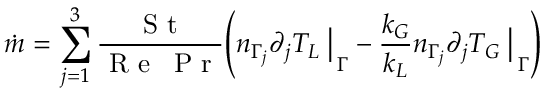
\dot { m } = \sum _ { j = 1 } ^ { 3 } \frac { \mathrm { ~ S ~ t ~ } } { \mathrm { ~ R ~ e ~ } \: \mathrm { ~ P ~ r ~ } } \Bigg ( { n _ { \Gamma _ { j } } \partial _ { j } T _ { L } \: \bigr \vert } _ { \: \Gamma } - \frac { k _ { G } } { k _ { L } } { n _ { \Gamma _ { j } } \partial _ { j } T _ { G } \: \bigr \vert } _ { \: \Gamma } \Bigg )